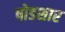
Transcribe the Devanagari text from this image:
षोडशार